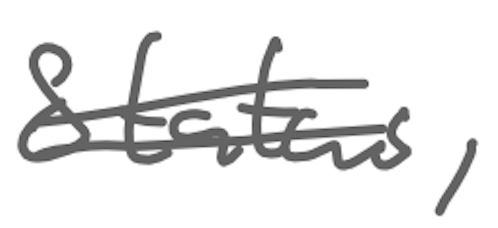
Text: Status,
Cross-out: double-line
Writing tool: digital_gray